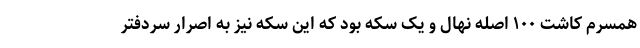
همسرم کاشت ۱۰۰ اصله نهال و یک سکه بود که این سکه نیز به اصرار سردفتر